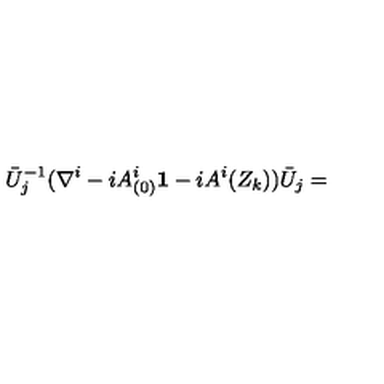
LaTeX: \bar { U } _ { j } ^ { - 1 } ( \nabla ^ { i } - i A _ { ( 0 ) } ^ { i } { \bf 1 } - i A ^ { i } ( Z _ { k } ) ) \bar { U } _ { j } =